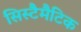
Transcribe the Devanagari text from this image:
सिस्टैमैटिक